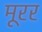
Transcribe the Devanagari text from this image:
मूरर